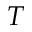
T